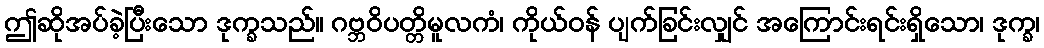
ဤဆိုအပ်ခဲ့ပြီးသော ဒုက္ခသည်။ ဂဗ္ဘဝိပတ္တိမူလကံ၊ ကိုယ်ဝန် ပျက်ခြင်းလျှင် အကြောင်းရင်းရှိသော၊ ဒုက္ခ၊